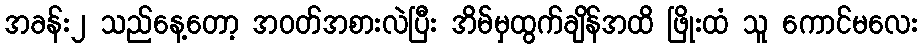
အခန်း၂ သည်နေ့တော့ အဝတ်အစားလဲပြီး အိမ်မှထွက်ချိန်အထိ ဖြိုးထံ သူ ကောင်မလေး